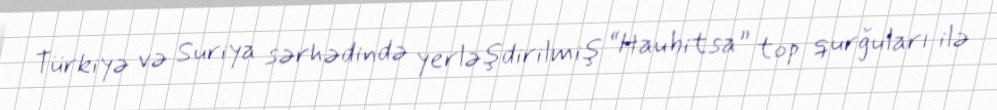
Türkiyə və Suriya sərhədində yerləşdirilmiş “Haubitsa” top qurğuları ilə